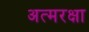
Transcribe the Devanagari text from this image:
अत्मरक्षा